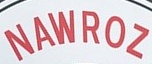
NAWROZ